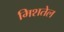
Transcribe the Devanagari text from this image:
मिशतेल